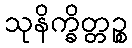
သုနိက္ခိတ္တဉ္စ